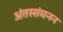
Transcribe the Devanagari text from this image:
अंतस्संघनन